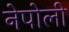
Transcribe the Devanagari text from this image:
नेपोली